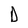
Character: D